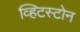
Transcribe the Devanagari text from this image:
व्हिटस्टोन